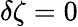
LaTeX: \delta\zeta=0